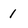
Character: 1